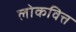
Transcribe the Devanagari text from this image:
लोकवित्त